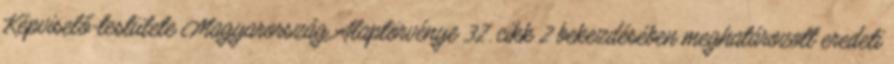
Képviselő-testülete Magyarország Alaptörvénye 32. cikk 2 bekezdésében meghatározott eredeti